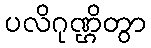
ပလိဂုဏ္ဌိတွာ